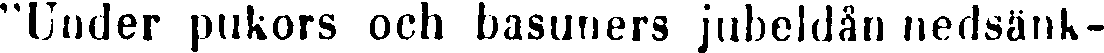
"Under pukors och basuners jubeldån nedsänk-